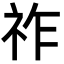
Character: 祚